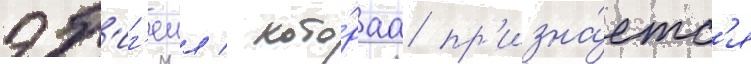
эб'иг'еил / кото́раа пр'изна́етс'я